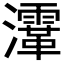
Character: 𤃸